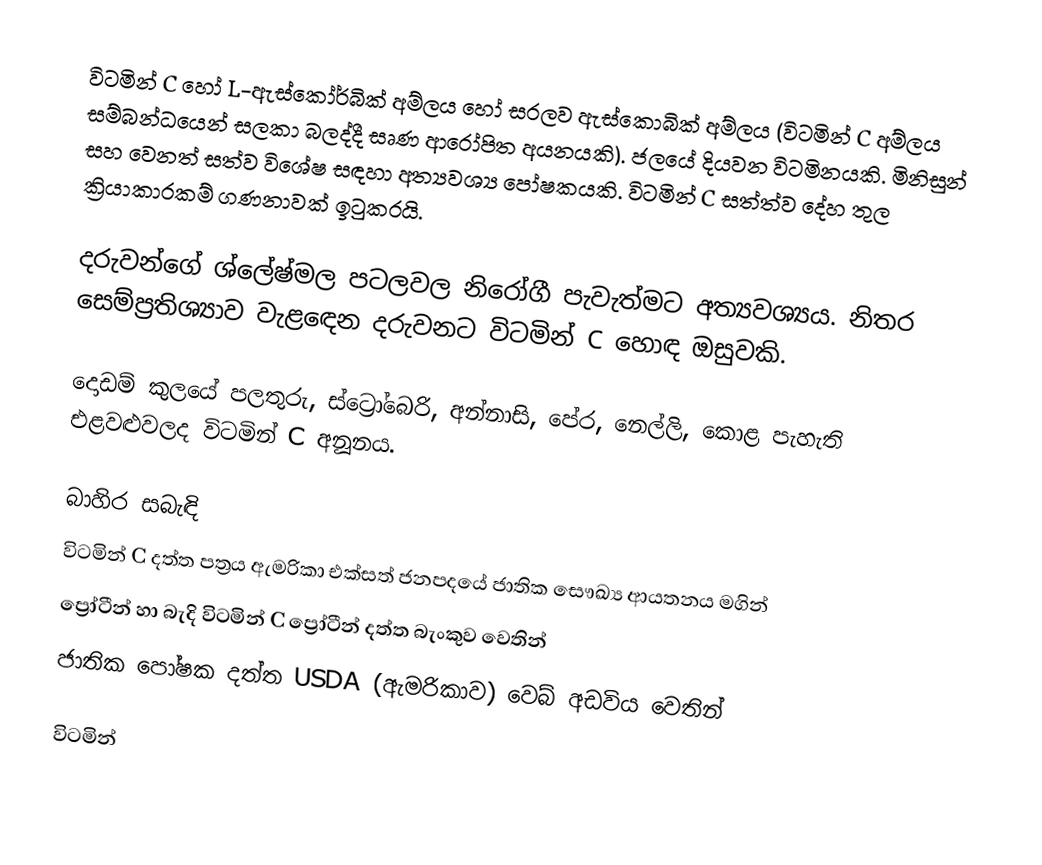
විටමින් C හෝ L-ඇස්කෝර්බික් අම්ලය හෝ සරලව ඇස්කොබික් අම්ලය (විටමින් C අම්ලය සම්බන්ධයෙන් සලකා බලද්දී සෘණ ආරෝපිත අයනයකි). ජලයේ දියවන විටමිනයකි. මිනිසුන් සහ වෙනත් සත්ව විශේෂ සඳහා අත්‍යවශ්‍ය පෝෂකයකි. විටමින් C සත්ත්ව දේහ තුල ක්‍රියාකාරකම් ගණනාවක් ඉටුකරයි.

දරුවන්ගේ ශ්ලේෂ්මල පටලවල නිරෝගී පැවැත්මට අත්‍යවශ්‍යය. නිතර සෙම්ප්‍රතිශ්‍යාව වැළඳෙන දරුවනට විටමින් C හොඳ ඔසුවකි.

දොඩම් කුලයේ පලතුරු, ස්‌ට්‍රෝබෙරි, අන්නාසි, පේර, නෙල්ලි, කොළ පැහැති එළවළුවලද විටමින් C අනූනය.

බාහිර සබැඳි
 විටමින් C දත්ත පත්‍රය ඇමරිකා එක්සත් ජනපදයේ ජාතික සෞඛ්‍ය ආයතනය මගින්
 ප්‍රෝටීන් හා බැදි විටමින් C ප්‍රෝටීන් දත්ත බැංකුව වෙතින්
 ජාතික පෝෂක දත්ත USDA (ඇමරිකාව) වෙබ් අඩවිය වෙතින්

විටමින්